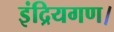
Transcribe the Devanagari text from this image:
इंद्रियगण।